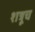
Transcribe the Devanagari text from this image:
शत्रूच